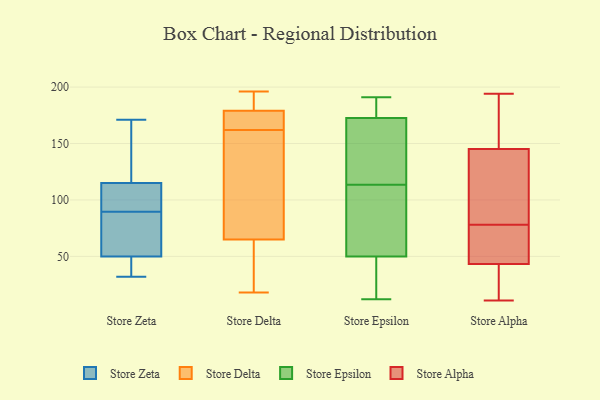
{"axis": {"x": "Customer Acquisition Cost (USD)", "y": "Value"}, "legend": ["Store Alpha", "Store Delta", "Store Epsilon", "Store Zeta"], "data": [{"x": "", "y": 43, "type": "Store Zeta"}, {"x": "", "y": 57, "type": "Store Zeta"}, {"x": "", "y": 171, "type": "Store Zeta"}, {"x": "", "y": 170, "type": "Store Zeta"}, {"x": "", "y": 95, "type": "Store Zeta"}, {"x": "", "y": 125, "type": "Store Zeta"}, {"x": "", "y": 105, "type": "Store Zeta"}, {"x": "", "y": 105, "type": "Store Zeta"}, {"x": "", "y": 32, "type": "Store Zeta"}, {"x": "", "y": 39, "type": "Store Zeta"}, {"x": "", "y": 84, "type": "Store Zeta"}, {"x": "", "y": 75, "type": "Store Zeta"}, {"x": "", "y": 137, "type": "Store Delta"}, {"x": "", "y": 185, "type": "Store Delta"}, {"x": "", "y": 23, "type": "Store Delta"}, {"x": "", "y": 90, "type": "Store Delta"}, {"x": "", "y": 196, "type": "Store Delta"}, {"x": "", "y": 40, "type": "Store Delta"}, {"x": "", "y": 177, "type": "Store Delta"}, {"x": "", "y": 164, "type": "Store Delta"}, {"x": "", "y": 167, "type": "Store Delta"}, {"x": "", "y": 160, "type": "Store Delta"}, {"x": "", "y": 181, "type": "Store Delta"}, {"x": "", "y": 18, "type": "Store Delta"}, {"x": "", "y": 191, "type": "Store Epsilon"}, {"x": "", "y": 155, "type": "Store Epsilon"}, {"x": "", "y": 54, "type": "Store Epsilon"}, {"x": "", "y": 93, "type": "Store Epsilon"}, {"x": "", "y": 82, "type": "Store Epsilon"}, {"x": "", "y": 165, "type": "Store Epsilon"}, {"x": "", "y": 12, "type": "Store Epsilon"}, {"x": "", "y": 180, "type": "Store Epsilon"}, {"x": "", "y": 114, "type": "Store Epsilon"}, {"x": "", "y": 191, "type": "Store Epsilon"}, {"x": "", "y": 113, "type": "Store Epsilon"}, {"x": "", "y": 45, "type": "Store Epsilon"}, {"x": "", "y": 191, "type": "Store Epsilon"}, {"x": "", "y": 46, "type": "Store Epsilon"}, {"x": "", "y": 151, "type": "Store Epsilon"}, {"x": "", "y": 20, "type": "Store Epsilon"}, {"x": "", "y": 91, "type": "Store Alpha"}, {"x": "", "y": 76, "type": "Store Alpha"}, {"x": "", "y": 43, "type": "Store Alpha"}, {"x": "", "y": 11, "type": "Store Alpha"}, {"x": "", "y": 173, "type": "Store Alpha"}, {"x": "", "y": 90, "type": "Store Alpha"}, {"x": "", "y": 35, "type": "Store Alpha"}, {"x": "", "y": 44, "type": "Store Alpha"}, {"x": "", "y": 156, "type": "Store Alpha"}, {"x": "", "y": 122, "type": "Store Alpha"}, {"x": "", "y": 78, "type": "Store Alpha"}, {"x": "", "y": 46, "type": "Store Alpha"}, {"x": "", "y": 12, "type": "Store Alpha"}, {"x": "", "y": 194, "type": "Store Alpha"}, {"x": "", "y": 153, "type": "Store Alpha"}]}